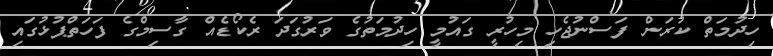
ހިދުމަތް ކުރަން ފަސްނުޖެހި މިހުރީ ގައުމީ ހިދުމަތުގެ ވަރުގަދަ ރެކޯޑެއް ގާސިމްގެ ފަހަތްޕުޅުގައި